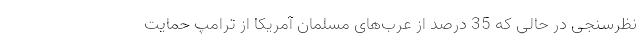
نظرسنجی در حالی که 35 درصد از عرب‌های مسلمان آمریکا از ترامپ حمایت